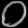
Digit: ၀